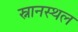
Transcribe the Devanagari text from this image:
स्नानस्थल